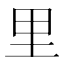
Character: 里